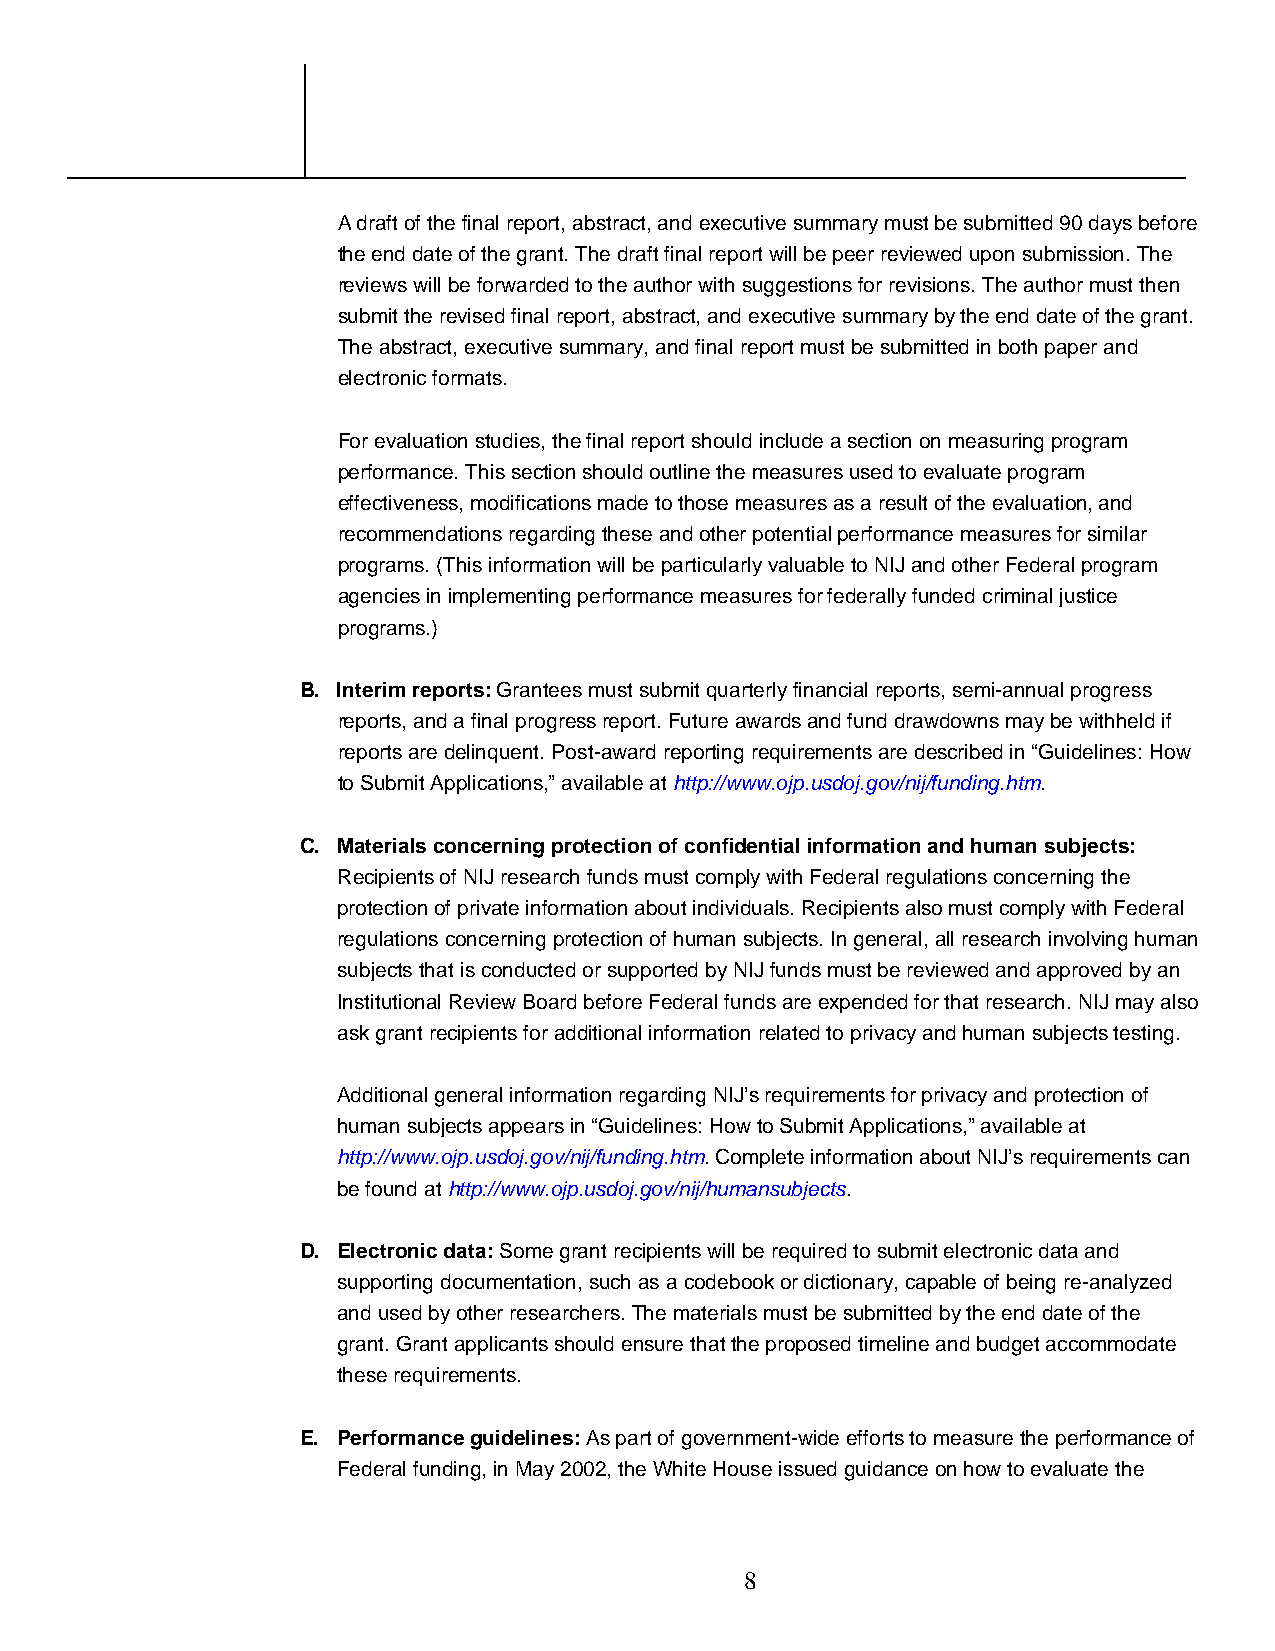
A draft of the final report, abstract, and executive summary must be submitted 90 days before
 the end date of the grant. The draft final report will be peer reviewed upon submission. The
 reviews will be forwarded to the author with suggestions for revisions. The author must then
 submit the revised final report, abstract, and executive summary by the end date of the grant.
 The abstract, executive summary, and final report must be submitted in both paper and
 electronic formats.
 For evaluation studies, the final report should include a section on measuring program
 performance. This section should outline the measures used to evaluate program
 effectiveness, modifications made to those measures as a result of the evaluation, and
 recommendations regarding these and other potential performance measures for similar
 programs. (This information will be particularly valuable to NIJ and other Federal program
 agencies in implementing performance measures for federally funded criminal justice
 programs.)
 B. Interim reports: Grantees must submit quarterly financial reports, semi-annual progress
 reports, and a final progress report. Future awards and fund drawdowns may be withheld if
 reports are delinquent. Post-award reporting requirements are described in “Guidelines: How
 to Submit Applications,” available at http://www.ojp.usdoj.gov/nij/funding.htm.
 C. Materials concerning protection of confidential information and human subjects:
 Recipients of NIJ research funds must comply with Federal regulations concerning the
 protection of private information about individuals. Recipients also must comply with Federal
 regulations concerning protection of human subjects. In general, all research involving human
 subjects that is conducted or supported by NIJ funds must be reviewed and approved by an
 Institutional Review Board before Federal funds are expended for that research. NIJ may also
 ask grant recipients for additional information related to privacy and human subjects testing.
 Additional general information regarding NIJ’s requirements for privacy and protection of
 human subjects appears in “Guidelines: How to Submit Applications,” available at
 http://www.ojp.usdoj.gov/nij/funding.htm. Complete information about NIJ’s requirements can
 be found at http://www.ojp.usdoj.gov/nij/humansubjects.
 D. Electronic data: Some grant recipients will be required to submit electronic data and
 supporting documentation, such as a codebook or dictionary, capable of being re-analyzed
 and used by other researchers. The materials must be submitted by the end date of the
 grant. Grant applicants should ensure that the proposed timeline and budget accommodate
 these requirements.
 E. Performance guidelines: As part of government-wide efforts to measure the performance of
 Federal funding, in May 2002, the White House issued guidance on how to evaluate the
 8